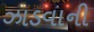
ઝાડવાની